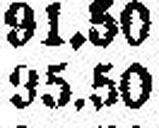
95.50